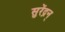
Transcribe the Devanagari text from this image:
सुरेंद्रन्